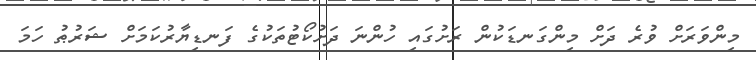
މިންވަރަށް ވުރެ ދަށް މިންގަނޑަކުން ރަށުގައި ހުންނަ ދަށުކޯޓުތަކުގެ ފަނޑިޔާރުކަމަށް ޝަރުޠު ހަމަ